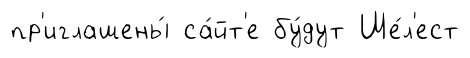
пр'иглашены́ са́йт'е бу́дут Ше́л'ест